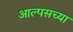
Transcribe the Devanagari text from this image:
आल्पसच्या